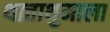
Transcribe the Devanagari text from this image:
थात्ताथुमाला